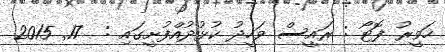
ހަވީރު ފޮޓޯ : ރައީސް ވަހީދު ކުޅުދުއްފުށީގައި :  17